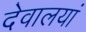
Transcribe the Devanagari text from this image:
देवालयां